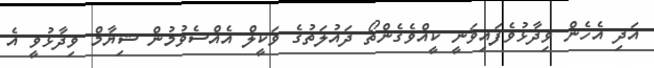
އަދި އެހެން ވިދާޅުވެފައިވަނީ ކީއްވެގެންތޯ ދައުލަތުގެ ވަކީލް އެއްސެވުމުން ޝިޔާމް ވިދާޅުވީ އެ